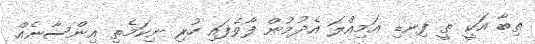
ތިބާ އަކީ ތީ ފިނޑި އަމިއްލަ އެދުމުން ފޯވެފައި ހުރި ނިކަމެތި އިންސާނެއް.